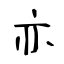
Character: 亦